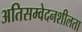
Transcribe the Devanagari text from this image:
अतिसम्वेदनशीलता